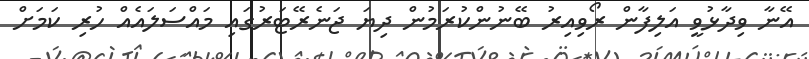
އޭނާ ވިދާޅުވީ އަލިފާން ރޯވިއިރު ބޭނުންކުރަމުން ދިޔަ ޖަނެރޭޓަރުގައި މައްސަލައެއް ހުރި ކަމަށް